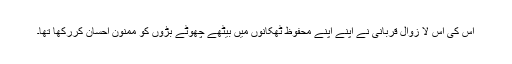
اس کی اس لا زوال قربانی نے اپنے اپنے محفوظ ٹھکانوں میں بیٹھے چھوٹے بڑوں کو ممنون احسان کررکھا تھا۔